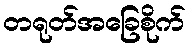
တရုတ်အခြေစိုက်